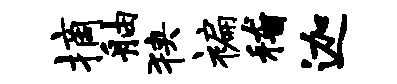
摘舳狭褊稽迦